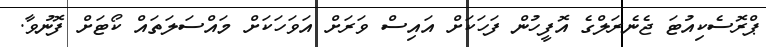
ޕްރޮސެކިއުޓަ ޖެނެރަލްގެ އޮފީހުން ފަހަކަށް އައިސް ވަރަށް އަވަހަކަށް މައްސަލަތައް ކޯޓަށް ފޮނުވާ.